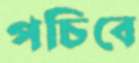
পচিবে